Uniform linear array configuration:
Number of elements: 4
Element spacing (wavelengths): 1
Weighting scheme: hann
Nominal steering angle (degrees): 0
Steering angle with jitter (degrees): -0.2769
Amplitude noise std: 0.05
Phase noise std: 0.05

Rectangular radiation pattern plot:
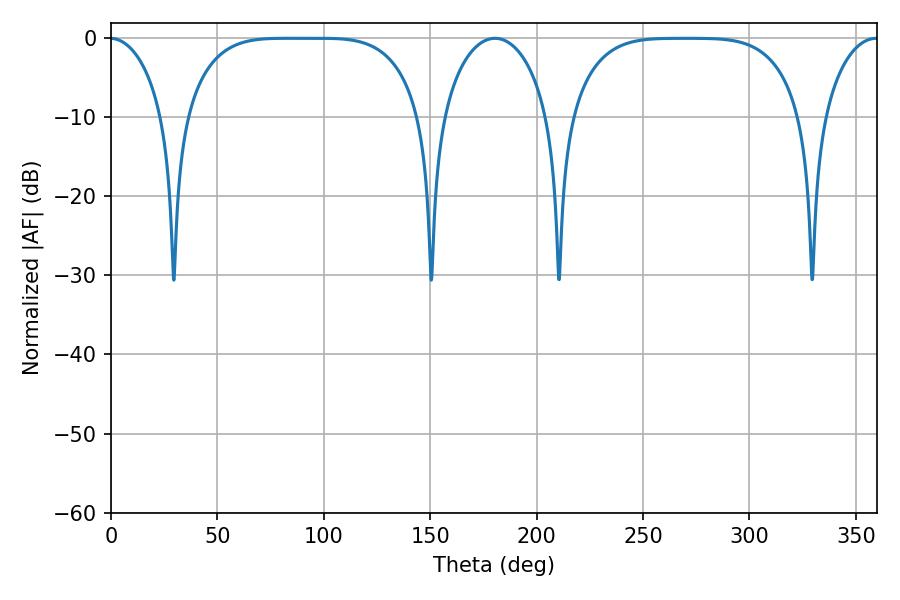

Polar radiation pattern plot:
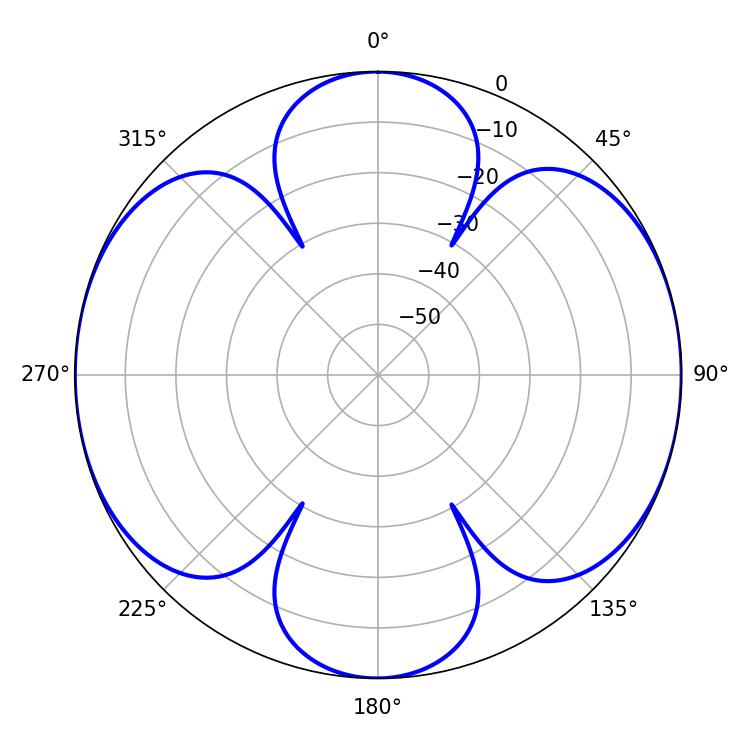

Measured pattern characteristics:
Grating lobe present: TRUE
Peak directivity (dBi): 17.918
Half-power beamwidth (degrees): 83.88
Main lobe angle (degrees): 82.8